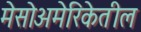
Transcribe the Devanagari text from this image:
मेसोअमेरिकेतील